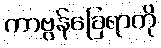
ကာဗွန်ခြေရာကို